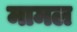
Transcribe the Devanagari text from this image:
मामल